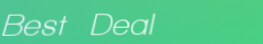
Best Deal